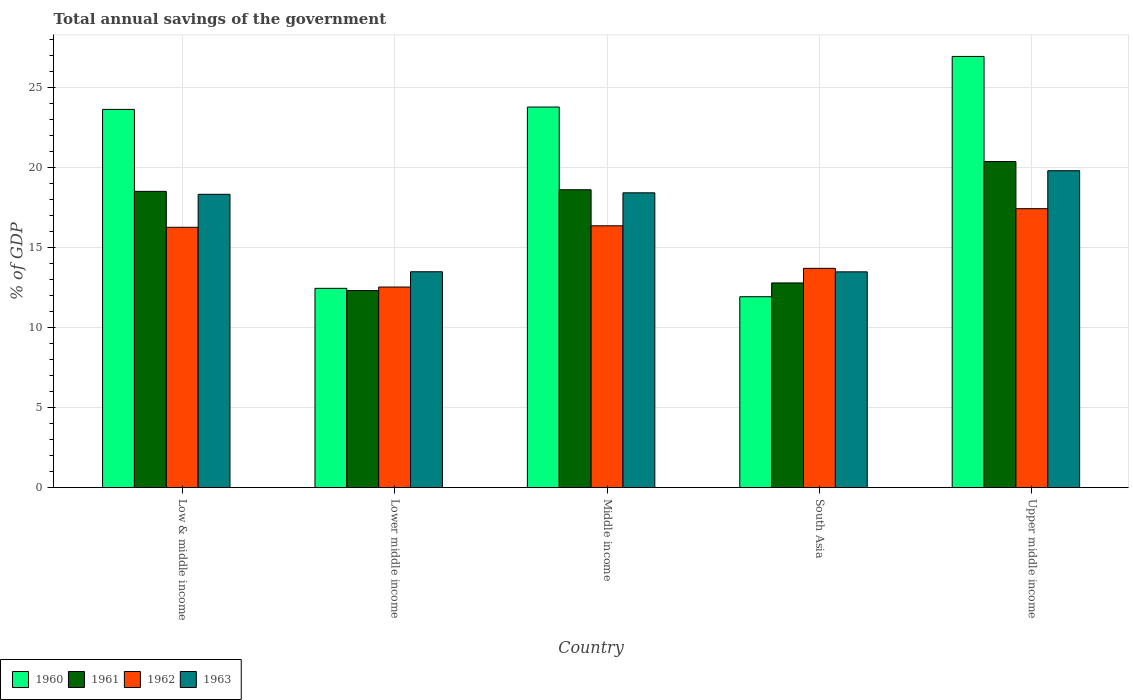
| Country | 1960 | 1961 | 1962 | 1963 |
 | --- | --- | --- | --- | --- |
 | Low & middle income | 23.6 | 18.5 | 16.3 | 18.3 |
 | Lower middle income | 12.4 | 12.3 | 12.5 | 13.5 |
 | Middle income | 23.8 | 18.6 | 16.4 | 18.4 |
 | South Asia | 11.9 | 12.8 | 13.7 | 13.5 |
 | Upper middle income | 26.9 | 20.4 | 17.4 | 19.8 |